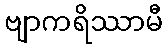
ဗျာကရိဿာမီ